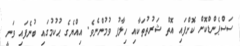
ސަސްޕެންޑްކޮށް ކޮށްފައި އޮތް ޝަރުތުތަކާއި ހިލާފު ވުމުންނެވެ. އިއްޔެގެ ޙުކުމުގައި ބުނެފައި ވަނީ